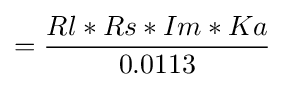
={\frac {Rl*Rs*Im*Ka}{0.0113}}